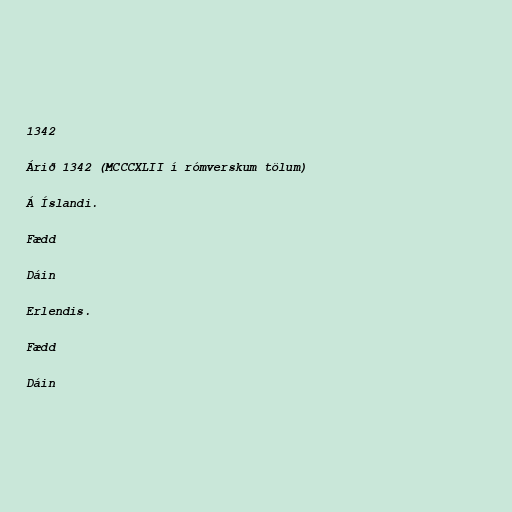
1342

Árið 1342 (MCCCXLII í rómverskum tölum)

Á Íslandi.

Fædd

Dáin

Erlendis.

Fædd

Dáin